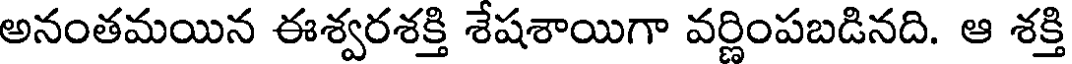
అనంతమయిన ఈశ్వరశక్తి శేషశాయిగా వర్ణింపబడినది. ఆ శక్తి